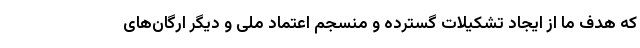
که هدف ما از ایجاد تشکیلات گسترده و منسجم اعتماد ملی و دیگر ارگان‌های